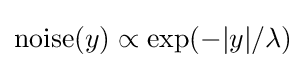
{\text{noise}}(y)\propto \exp(-|y|/\lambda )\,\!